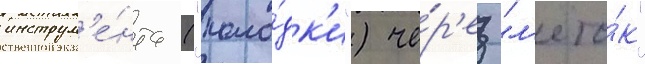
инструм'е́нта ("коло́дк'и") че́р'ез "л'ето́к"